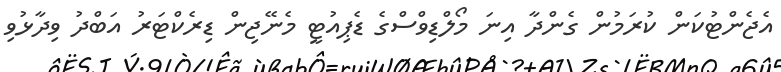
އެޖެންޓުކަން ކުރަމުން ގެންދާ އިނަ މޯލްޑިވްސްގެ ޑެޕިއުޓީ މެނޭޖިން ޑިރެކްޓަރު އަބްދު ވިދާޅުވި